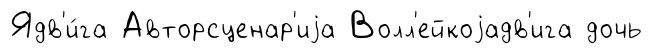
Ядв'и́га Авторсценар'иjа Волл'ейкоjадв'ига дочь